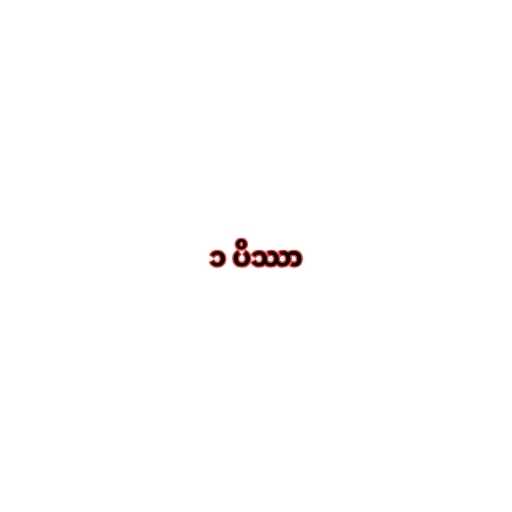
၁ ပိဿာ